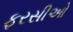
ફરસીઓ